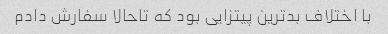
با اختلاف بدترین پیتزایی بود که تاحالا سفارش دادم